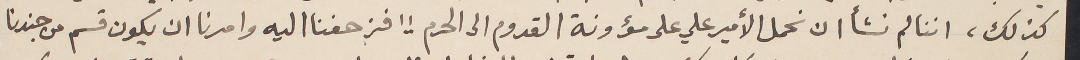
كذلك، اننا لم نشأ ان نحمل الأمير علي على مؤونة القدوم الى الحرم !! فزحفنا اليه وامرنا ان يكون قسم من جندنا